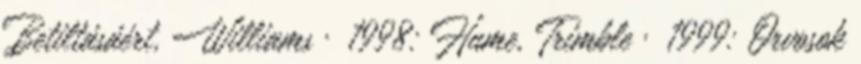
Betiltásáért, Williams · 1998: Hume, Trimble · 1999: Orvosok